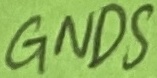
Text: GNDS